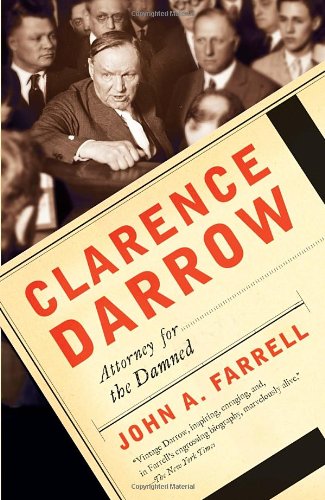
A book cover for Clarence Darrow: Attorney for the Damned; John A. Farrell; Law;